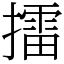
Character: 擂